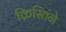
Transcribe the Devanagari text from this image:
क्रिस्तिंने